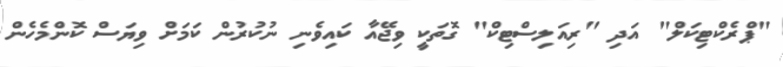
"ޕްރެކްޓިކަލް" އަދި "ރިއަލިސްޓިކް" ގޮތަކީ ވިޖޭއާ ކައިވެނި ނުކުރުން ކަމަށް ވިޔަސް ކޮންމެހެން